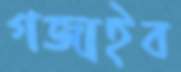
গজাইব